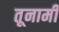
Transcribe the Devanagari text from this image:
तूनामी